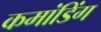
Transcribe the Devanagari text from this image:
कमांडिंग